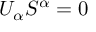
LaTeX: U _ { \alpha } S ^ { \alpha } = 0